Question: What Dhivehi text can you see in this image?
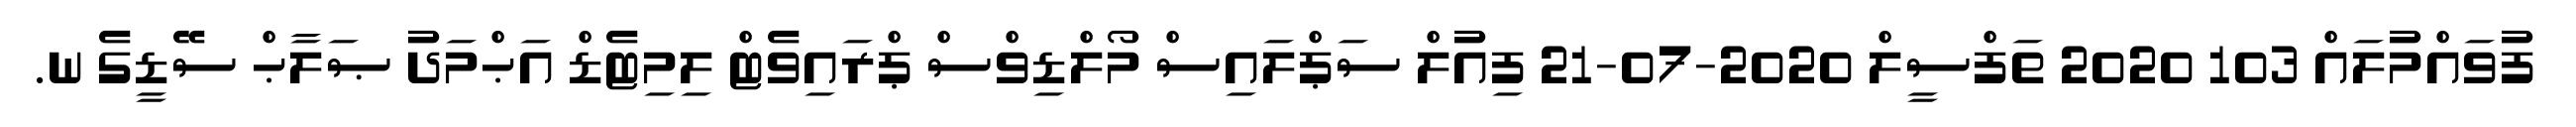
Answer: ފުވައްމުލައް 103 2020 ތަފްސީލް 2020-07-21 ފިއުލް ސަޕްލައިސް މޯލްޑިވްސް ޕްރައިވެޓް ލިމިޓެޑް އަޙްމަދު ޞަލާޙް ސޭޑީގެ ނ.